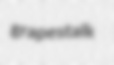
grapestalk